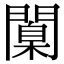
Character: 闑